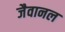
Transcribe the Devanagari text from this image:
जैवानल